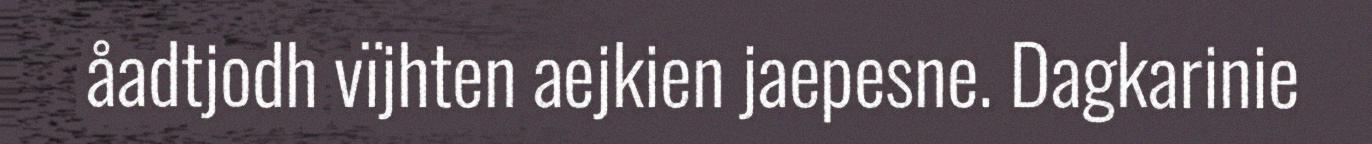
åadtjodh vïjhten aejkien jaepesne. Dagkarinie